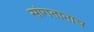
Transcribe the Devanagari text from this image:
सांगतानाच